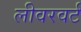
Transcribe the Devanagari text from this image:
लीवरवर्ट